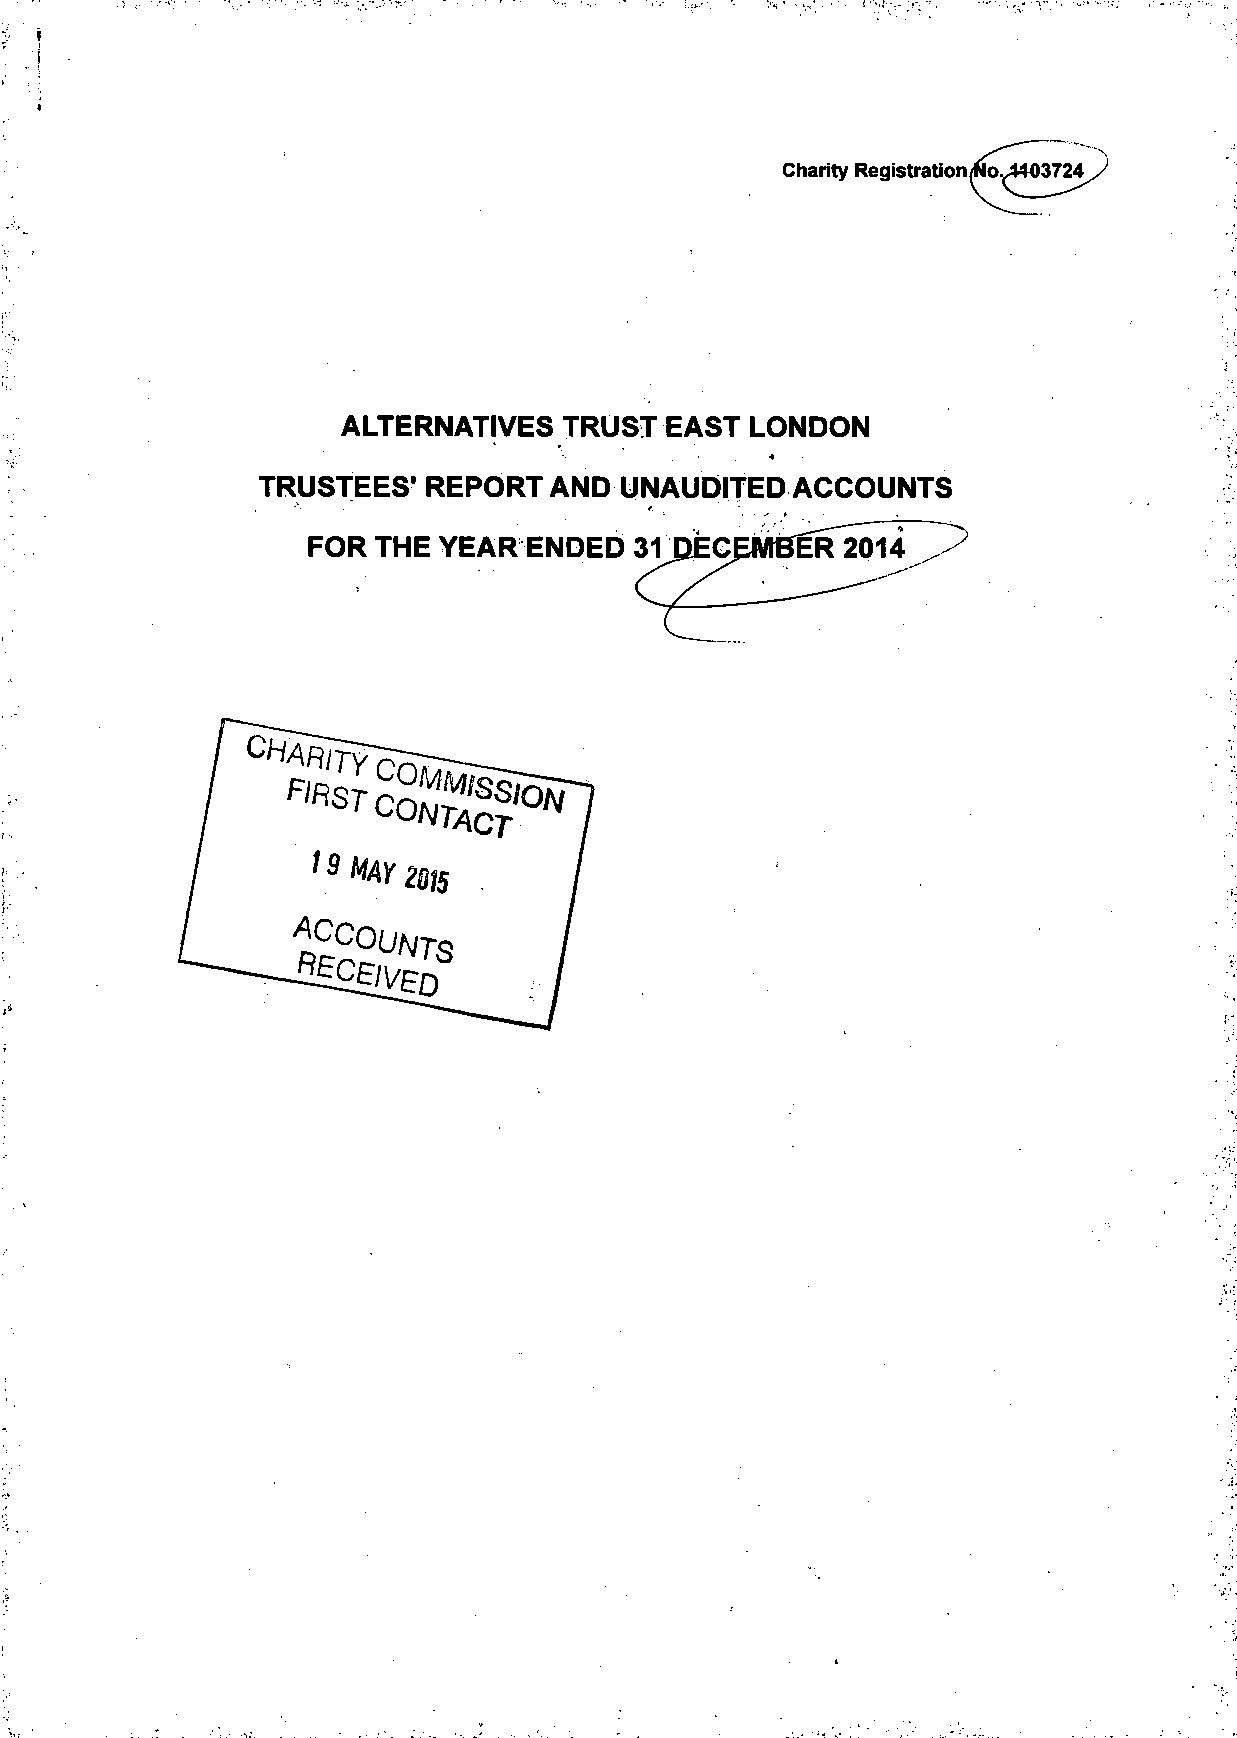
ALTERNATIVES  TRUST  EAST LONDON
 TRUSTEES'  REPORT  AND  UNAUDITED   ACCOUNTS